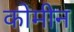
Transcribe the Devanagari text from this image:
कोमीन